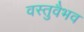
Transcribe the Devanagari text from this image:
वस्तुवैभव